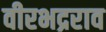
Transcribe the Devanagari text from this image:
वीरभद्रराव